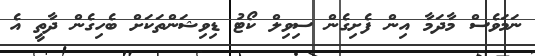
ނަމަވެސް މާދަމާ އިން ފެށިގެން ސިވިލް ކޯޓު ޑިވިޝަންތަކަށް ބެހިގެން ދާތީ އެ